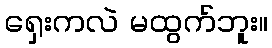
ရှေးကလဲ မထွက်ဘူး။